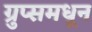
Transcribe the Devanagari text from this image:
ग्रुप्समधून